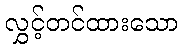
လွှင့်တင်ထားသော